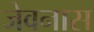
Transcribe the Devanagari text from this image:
जेवनास